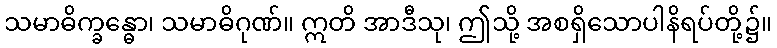
သမာဓိက္ခန္ဓော၊ သမာဓိဂုဏ်။ ဣတိ အာဒီသု၊ ဤသို့ အစရှိသောပါနိရပ်တို့၌။